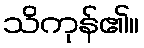
သိကုန်၏။